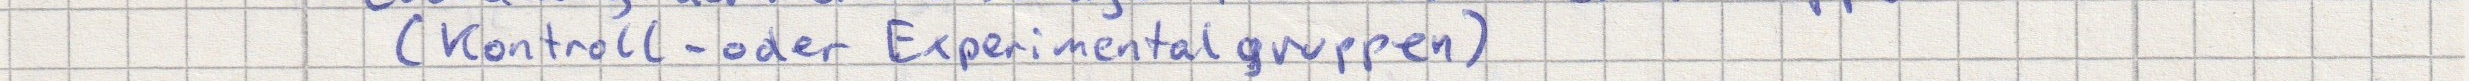
(Kontroll- oder Experimentalgruppen)